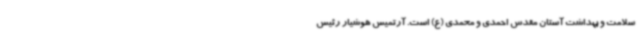
سلامت و بهداشت آستان مقدس احمدی و محمدی (ع) است. آرتمیس هوشیار رئیس